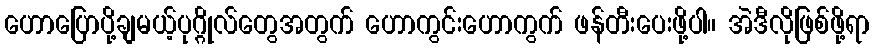
ဟောပြောပို့ချမယ့်ပုဂ္ဂိုလ်တွေအတွက် ဟောကွင်းဟောကွက် ဖန်တီးပေးဖို့ပါ။ အဲဒီလိုဖြစ်ဖို့ရာ